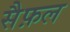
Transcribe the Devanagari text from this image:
सैफ़ल